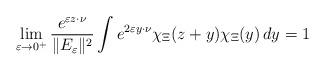
LaTeX: \begin{align*}\lim_{\varepsilon\rightarrow 0^+} \frac{e^{\varepsilon z \cdot \nu}}{\|E_\varepsilon\|^2} \int e^{2\varepsilon y \cdot \nu}\chi_{\Xi}(z+y)\chi_{\Xi}(y) \, dy = 1\end{align*}